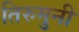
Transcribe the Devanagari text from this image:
तिरुमुनी